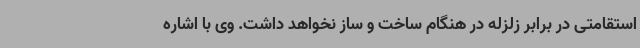
استقامتی در برابر زلزله در هنگام ساخت و ساز نخواهد داشت. وی با اشاره